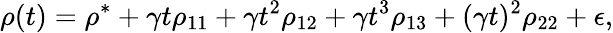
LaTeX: \rho(t)=\rho^{*}+\gamma t\rho_{11}+\gamma t^{2}\rho_{12}+\gamma t^{3}\rho_{13}+(\gamma t)^{2}\rho_{22}+\epsilon,